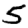
Digit: 5